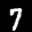
Label: 7